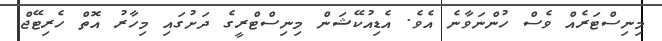
މިނިސްޓަރެއް ވެސް ހުންނަވާނެ އެވެ. އެޑިއުކޭޝަން މިނިސްޓްރީގެ ދަށުގައި މިހާރު އޮތް ހެރިޓޭޖް